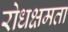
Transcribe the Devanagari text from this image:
रोधक्षमता